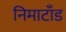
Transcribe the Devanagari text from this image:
निमाटाँड